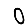
Digit: 0